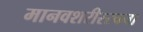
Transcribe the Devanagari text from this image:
मानवशरीररचना